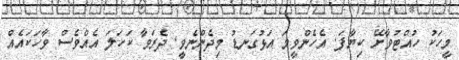
މީހަކު ހުއްޓުވާށޭ ކިޔާފަ